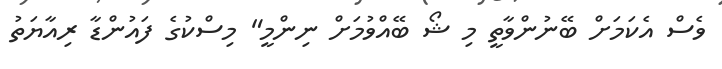
ވެސް އެކަމަށް ބޭނުންވާތީ މި ޝޯ ބޭއްވުމަށް ނިންމީ" މިސްކުގެ ފައުންޑާ ރިއާޔަތު